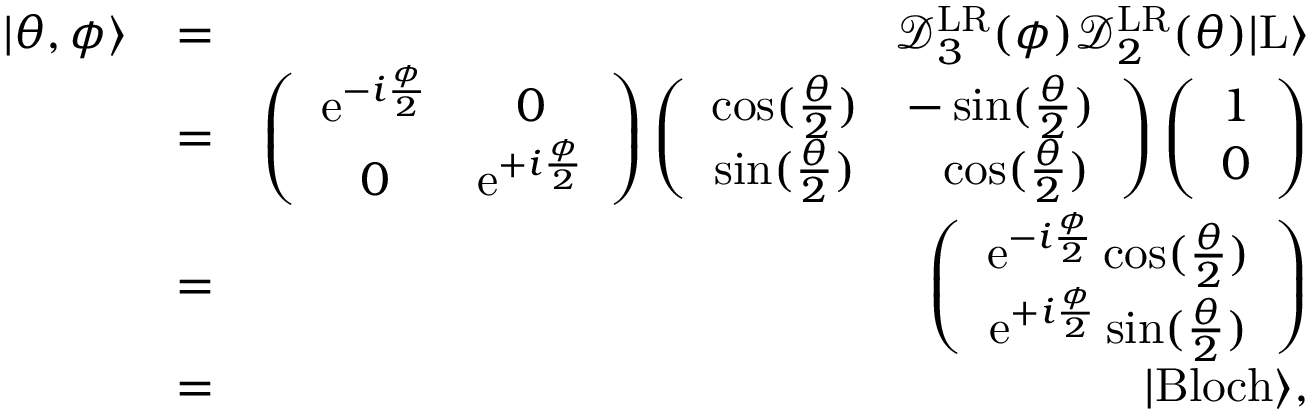
\begin{array} { r l r } { | \theta , \phi \rangle } & { = } & { \mathcal { D } _ { 3 } ^ { \mathrm { L R } } ( \phi ) \mathcal { D } _ { 2 } ^ { \mathrm { L R } } ( \theta ) | \mathrm { L } \rangle } \\ & { = } & { \left( \begin{array} { c c } { \mathrm { e } ^ { - i \frac { \phi } { 2 } } } & { 0 } \\ { 0 } & { \mathrm { e } ^ { + i \frac { \phi } { 2 } } } \end{array} \right) \left( \begin{array} { c c } { \cos ( \frac { \theta } { 2 } ) } & { - \sin ( \frac { \theta } { 2 } ) } \\ { \sin ( \frac { \theta } { 2 } ) } & { \ \ \cos ( \frac { \theta } { 2 } ) } \end{array} \right) \left( \begin{array} { c } { 1 } \\ { 0 } \end{array} \right) } \\ & { = } & { \left( \begin{array} { c } { \mathrm { e } ^ { - i \frac { \phi } { 2 } } \cos ( \frac { \theta } { 2 } ) } \\ { \mathrm { e } ^ { + i \frac { \phi } { 2 } } \sin ( \frac { \theta } { 2 } ) } \end{array} \right) } \\ & { = } & { | \mathrm { B l o c h } \rangle , } \end{array}